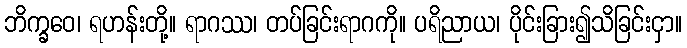
ဘိက္ခဝေ၊ ရဟန်းတို့။ ရာဂဿ၊ တပ်ခြင်းရာဂကို။ ပရိညာယ၊ ပိုင်းခြား၍သိခြင်းငှာ။